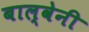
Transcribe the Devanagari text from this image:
बाल्वेनी